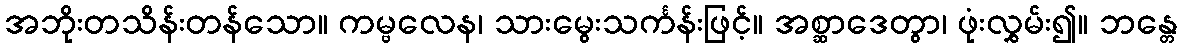
အဘိုးတသိန်းတန်သော။ ကမ္ဗလေန၊ သားမွေးသင်္ကန်းဖြင့်။ အစ္ဆာဒေတွာ၊ ဖုံးလွှမ်း၍။ ဘန္တေ